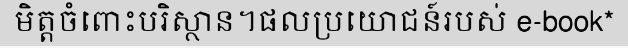
មិត្តចំពោះបរិស្ថាន។ផលប្រយោជន៍របស់ e-book*